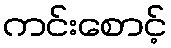
ကင်းစောင့်